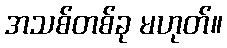
အသစ်တစ်ခု မဟုတ်။